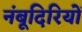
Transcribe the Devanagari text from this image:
नंबूदिरियों